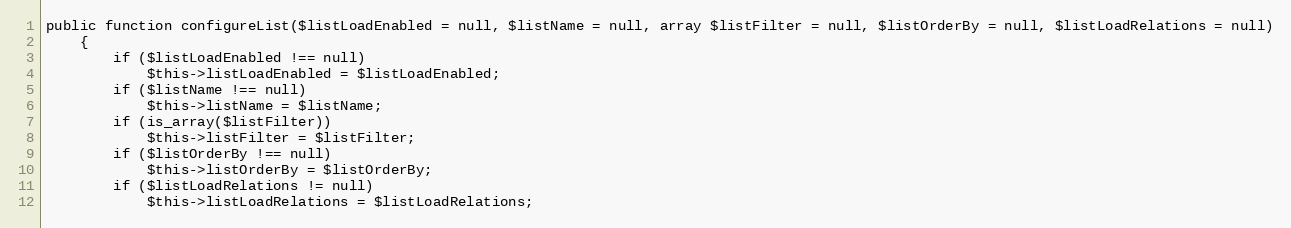
Language: PHP
public function configureList($listLoadEnabled = null, $listName = null, array $listFilter = null, $listOrderBy = null, $listLoadRelations = null)
    {
        if ($listLoadEnabled !== null)
            $this->listLoadEnabled = $listLoadEnabled;
        if ($listName !== null)
            $this->listName = $listName;
        if (is_array($listFilter))
            $this->listFilter = $listFilter;
        if ($listOrderBy !== null)
            $this->listOrderBy = $listOrderBy;
        if ($listLoadRelations != null)
            $this->listLoadRelations = $listLoadRelations;